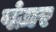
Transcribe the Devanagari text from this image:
पंज़र